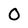
Character: 0